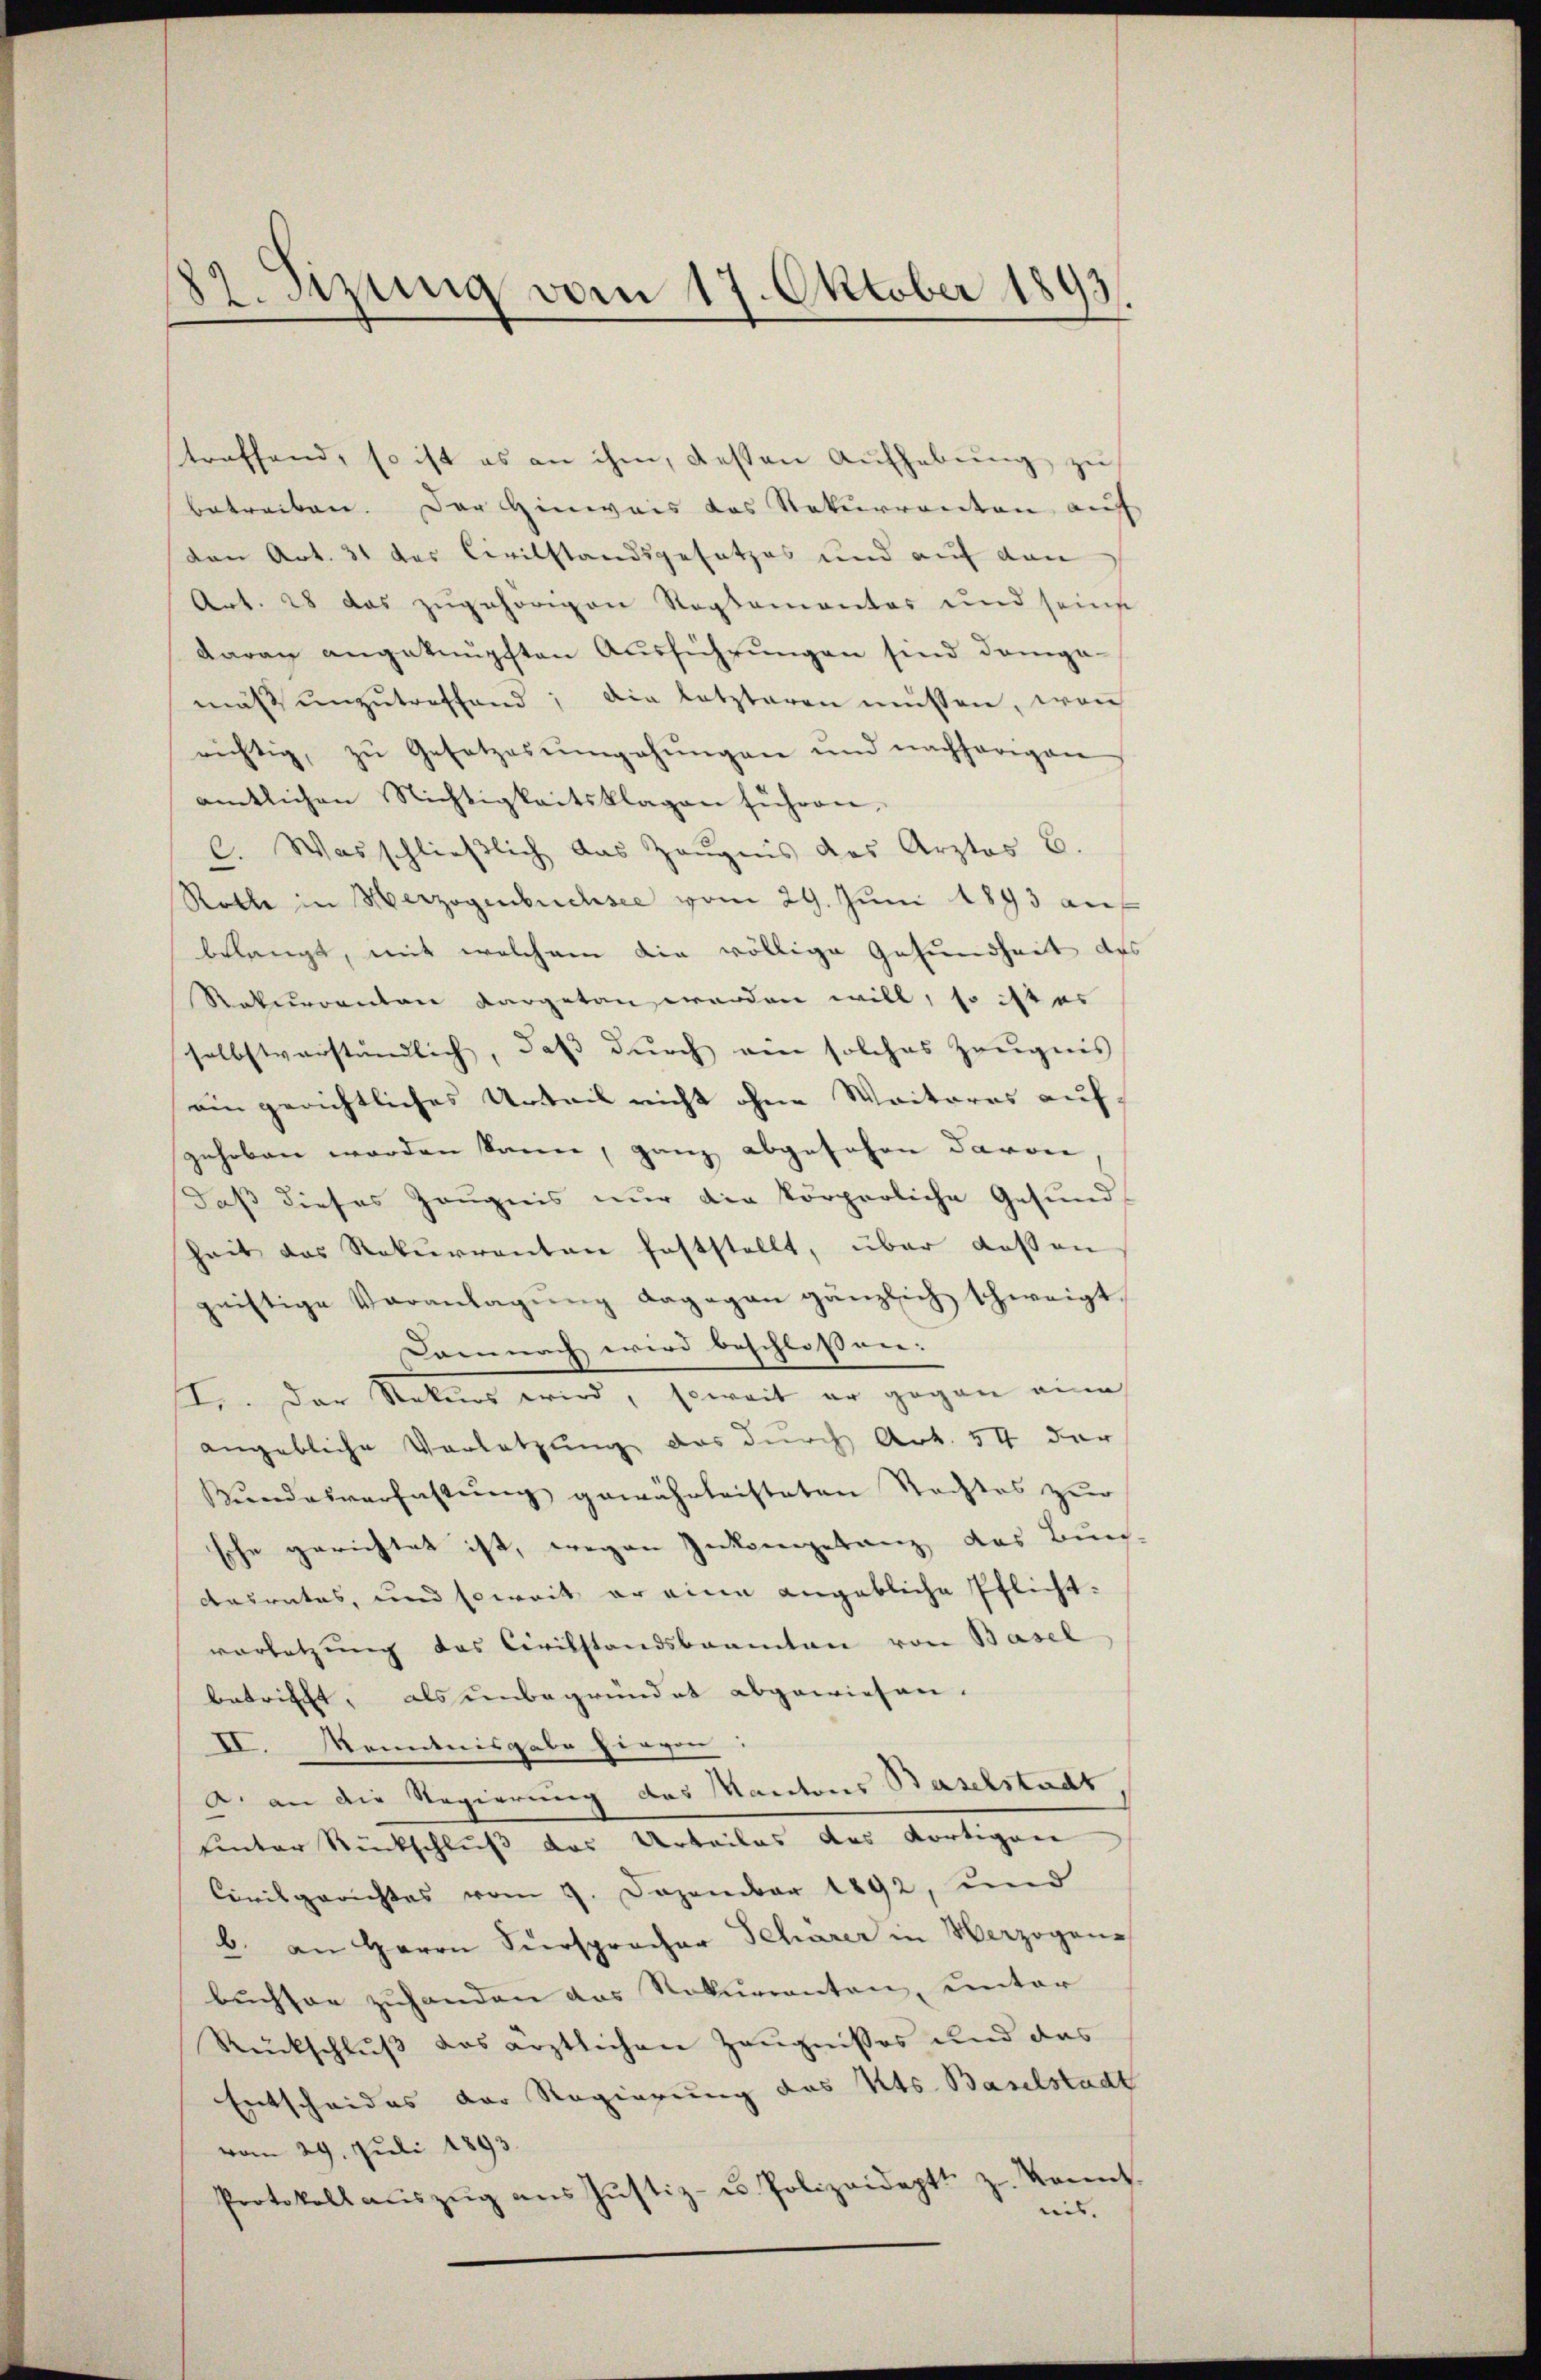
187. Sizung vom 17. Oktober 1893.

treffend, so ist es an ihm, besten Aufhebung zu
betreiben. Der Hinweis das Rekurrenten auf
don Art. 31 des Civilstandsgesetzes und auf den
Art. 28 das zugehörigen Reglementar und seine
daran angeknüpften Ausführungen sind dampa-
mäβ ŭnzŭtreffend; die letzteren müssen, von
richtig, zŭ Gesetzes umgehŭngen und nachherigen
amtlichen Nichtigkeitsklagen führen,
C. Was schlieβlich das Zeŭgnis des Arztes C.
Rothe in Herzogenbuchsee vom 29. Juni 1893 auf
belangt, mit welchem die völlige Gesundheit des
Rekurrenten vorgetan werden will, so ist es
selbstverständlich, daß durch ein solches Zeugnis
ein gerichtliches Urteil nicht ohne Weiteres aufgehoben worden kann, ganz abgesehen davon
daß dieses Zeugnis nur die körperliche Gesund
heit das Rekurrenten feststellt, über dessen
geistige Veranlagung dagegen gänzlich schweigt
Camnach wird beschlossen.
te. Der Rekurs wird, soweit er gegen eine
angebliche Vorletzung das durch Art. 54 der
Rŭndesverfassŭng gewährleisteten Stachtes zur
sche gerichtet ist, wegen Inkompetanz des Buch-
desrates, und soweit er eine angebliche Pflicht-
vorletzung das Civilstandsbeamten von Basel
betrifft, als unbegründet abgewiesen.
II. Kenntnisgabe hirvon
. an die Regierung des Kantons Baselstadt
uinter Rückschluß das Urteiles des dortigen
Civilgerichtes vom 9. Dezember 1892, und
b. an Herrn Fürsprocher Scharer in Verzogene
buchson zuhanden das Nokuranten, unter
Rückschluß das ärztlichen Zeugnisses und das
Entscheides der Regierung des Kts. Baselstadt
vom 29. Juli 1893.
Protokoll aŭszŭg ans Jŭstiz- u Polizeideptt z. Konnt
nis. |